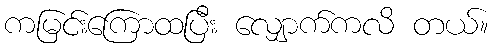
ကမြင်းကြောထပြီး လျှောက်ကလိ တယ်။